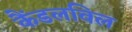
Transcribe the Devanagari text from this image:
कैंडलविल